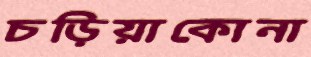
চড়িয়াকোনা